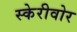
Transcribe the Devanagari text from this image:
स्केरीवोर